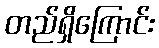
တည်ရှိကြောင်း